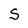
Character: S